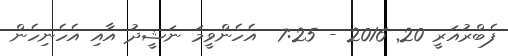
ފެބްރުއަރީ 20